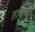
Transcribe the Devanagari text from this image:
तावाची